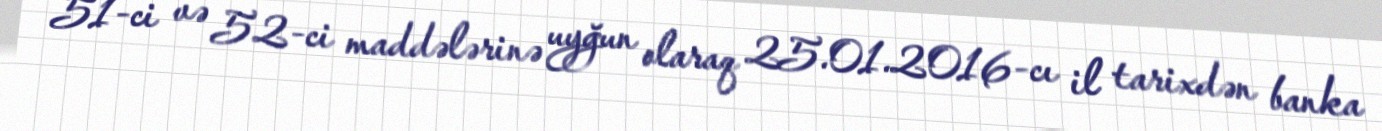
51-ci və 52-ci maddələrinə uyğun olaraq 25.01.2016-cı il tarixdən banka